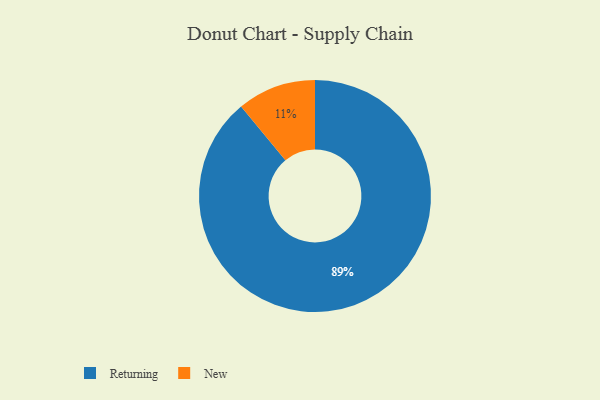
{"axis": {"x": "Category", "y": "Percentage"}, "legend": ["New", "Returning"], "data": [{"x": "Returning", "y": 89, "type": "Returning"}, {"x": "New", "y": 11, "type": "New"}]}